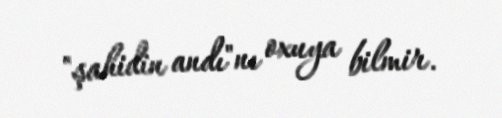
"şahidin andı"nı oxuya bilmir.